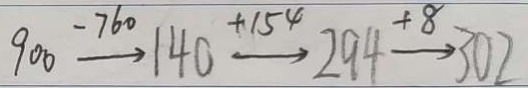
9 0 0 \xrightarrow { - 7 6 0 } 1 4 0 \xrightarrow { + 1 5 4 } 2 9 4 \xrightarrow { + 8 } + 3 0 2